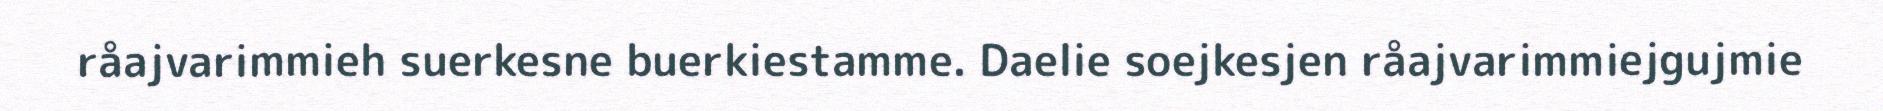
råajvarimmieh suerkesne buerkiestamme. Daelie soejkesjen råajvarimmiejgujmie